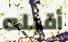
أقبله